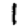
Digit: 1